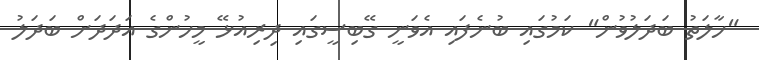
"ހާލަތު ބަދަލުވުން" ކަމުގައި ބުނެފައި އެވަނީ ގޭބިސީގައި ދިރިއުޅޭ މީހުންގެ އަދަދަށް ބަދަލު